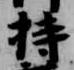
持